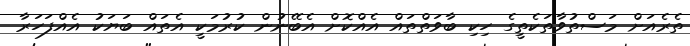
ތެރެއަށް މަސްތުވާތަކެތީގެ ހިކި ބާވަތްތައް އެއްކޮށް އެބޭނުން ކުރުމަކީ އެތައް ބަޔަކު އެއްފަހަރާ